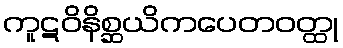
ကူဋဝိနိစ္ဆယိကပေတဝတ္ထု